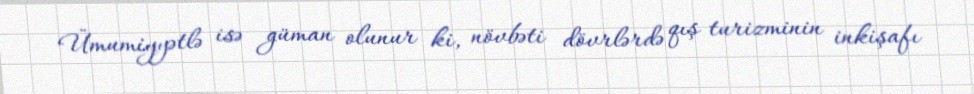
Ümumiyyətlə isə güman olunur ki, növbəti dövrlərdə qış turizminin inkişafı